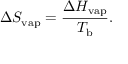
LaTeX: \Delta S _ { \mathrm { v a p } } = { \frac { \Delta H _ { \mathrm { v a p } } } { T _ { \mathrm { b } } } } .